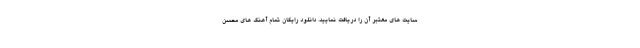
سایت های معتبر آن را دریافت نمایید. دانلود رایگان تمام آهنگ های محسن